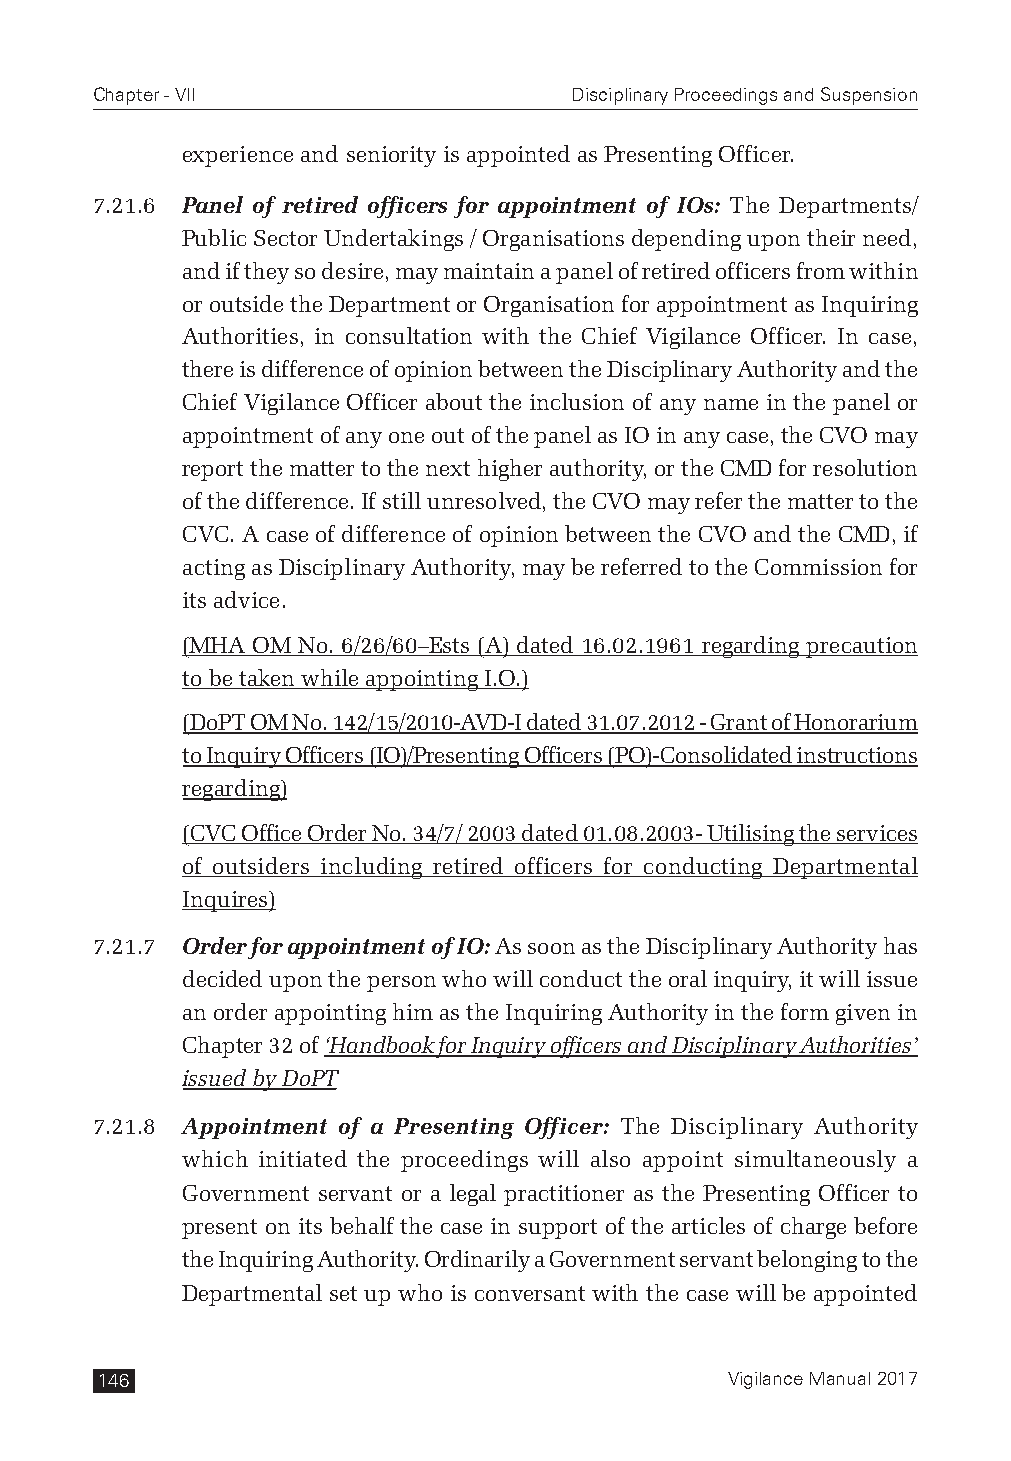
Chapter - VII                   Disciplinary Proceedings and Suspension
 experience and seniority is appointed as Presenting Officer.
 7.21.6 Panel of retired officers for appointment of IOs: The Departments/
 Public Sector Undertakings / Organisations depending upon their need,
 and if they so desire, may maintain a panel of retired officers from within
 or outside the Department or Organisation for appointment as Inquiring
 Authorities, in consultation with the Chief Vigilance Officer. In case,
 there is difference of opinion between the Disciplinary Authority and the
 Chief Vigilance Officer about the inclusion of any name in the panel or
 appointment of any one out of the panel as IO in any case, the CVO may
 report the matter to the next higher authority, or the CMD for resolution
 of the difference. If still unresolved, the CVO may refer the matter to the
 CVC. A case of difference of opinion between the CVO and the CMD, if
 acting as Disciplinary Authority, may be referred to the Commission for
 its advice.
 (MHA OM No. 6/26/60–Ests (A) dated 16.02.1961 regarding precaution
 to be taken while appointing I.O.)
 (DoPT OM No. 142/15/2010-AVD-I dated 31.07.2012 - Grant of Honorarium
 to Inquiry Officers (IO)/Presenting Officers (PO)-Consolidated instructions
 regarding)
 (CVC Office Order No. 34/7/ 2003 dated 01.08.2003- Utilising the services
 of outsiders including retired officers for conducting Departmental
 Inquires)
 7.21.7 Order for appointment of IO: As soon as the Disciplinary Authority has
 decided upon the person who will conduct the oral inquiry, it will issue
 an order appointing him as the Inquiring Authority in the form given in
 Chapter 32 of ‘Handbook for Inquiry officers and Disciplinary Authorities’
 issued by DoPT
 7.21.8 Appointment of a Presenting Officer: The Disciplinary Authority
 which initiated the proceedings will also appoint simultaneously a
 Government servant or a legal practitioner as the Presenting Officer to
 present on its behalf the case in support of the articles of charge before
 the Inquiring Authority. Ordinarily a Government servant belonging to the
 Departmental set up who is conversant with the case will be appointed
 146                                       Vigilance Manual 2017